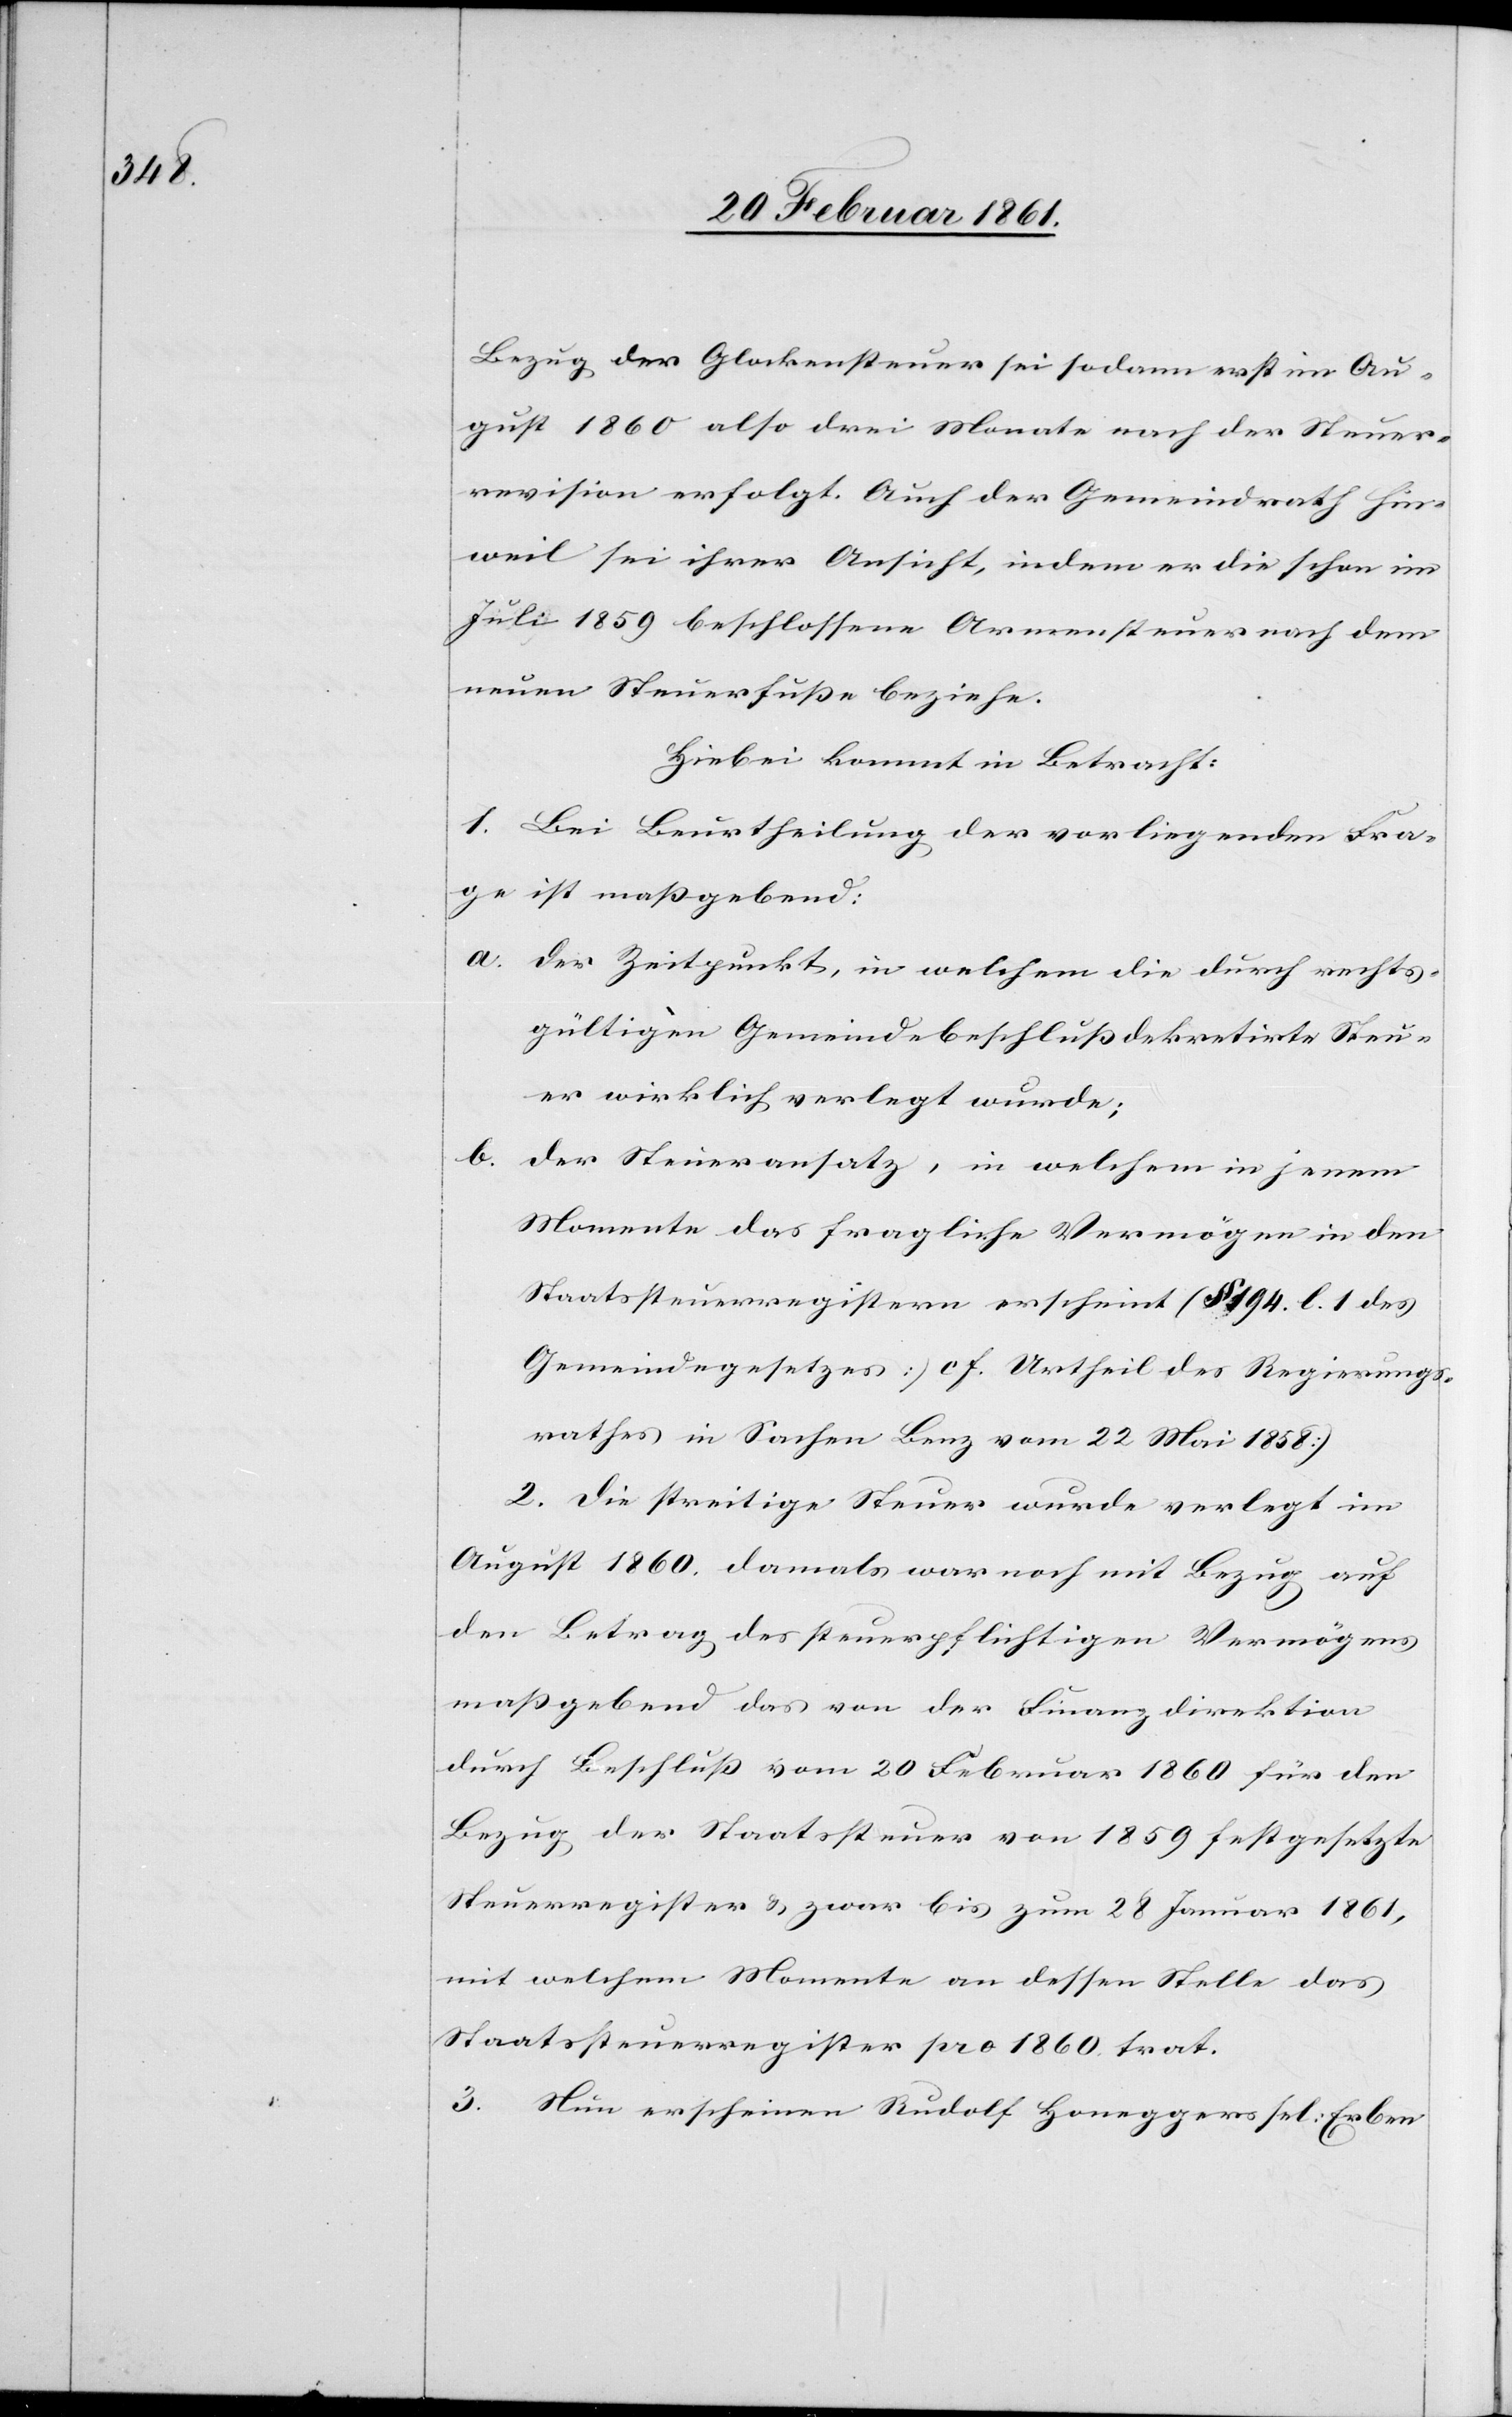
Bezug der Glockensteuer sei sodann erst im Au¬
gust 1860 also drei Monate nach der Steuer¬
revision erfolgt. Auch der Gemeindrath Hin¬
weil sei ihrer Ansicht, indem er die schon im
Juli 1859 beschlossene Armensteuer nach dem
neuen Steuerfusse beziehe.
Hiebei kommt in Betracht.
1. Bei Beurtheilung der vorliegenden Fra¬
ge ist massgebend:
a. der Zeitpunkt, in welchem die durch rechts¬
gültigen Gemeindebeschluss dekretirte Steu¬
er wirklich verlegt wurde;
b. der Steueransatz, in welchem in jenem
Momente das fragliche Vermögen in den
Staatssteuerregistern erscheint (§. 194 l. 1 des
Gemeindegesetzes cf. Urtheil des Regierungs¬
rathes in Sachen Benz vom 22. Mai 1858)
2. Die streitige Steuer wurde verlegt im
August 1860. Damals war noch mit Bezug auf
den Betrag des steuerpflichtigen Vermögens
massgebend das von der Finanzdirektion
durch Beschluss vom 20. Februar 1860 für den
Bezug der Staatssteuer von 1859 festgesetzte
Steuerregister u. zwar bis zum 28. Januar 1861,
mit welchem Momente an dessen Stelle das
Staatssteuerregister pro 1860 trat.
3. Nun erscheinen Rudolf Honeggers sel. Erben